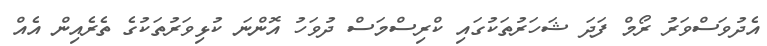
އެދުވަސްވަރު ރޯމް ފަދަ ޝަހަރުތަކުގައި ކްރިސްމަސް ދުވަހު އޮންނަ ކުޅިވަރުތަކުގެ ތެރެއިން އެއް